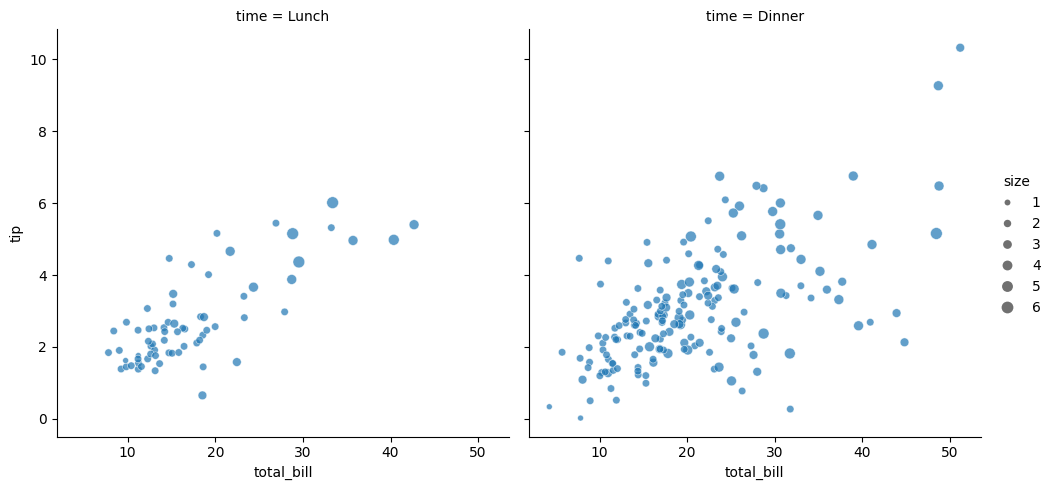
python, seaborn, relplot, alpha=0.7